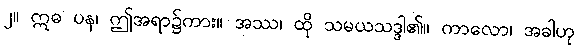
၂။ ဣဓ ပန၊ ဤအရာ၌ကား။ အဿ၊ ထို သမယသဒ္ဒါ၏။ ကာလော၊ အခါဟု